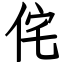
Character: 侘